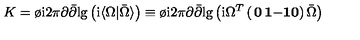
K = { \o \mathrm { i } { 2 \pi } } \partial { \bar { \partial } } \mathrm { l g } \left( \mathrm { i } \langle \Omega \vert { \bar { \Omega } } \rangle \right) \equiv { \o \mathrm { i } { 2 \pi } } \partial { \bar { \partial } } \mathrm { l g } \left( \mathrm { i } \Omega ^ { T } \left( \begin{matrix} { { \bf 0 } } & { { \bf 1 } } \\ { - { \bf 1 } } & { { \bf 0 } } \\ \end{matrix} \right) { \bar { \Omega } } \right)